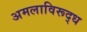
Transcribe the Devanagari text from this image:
अमलाविरूद्ध